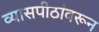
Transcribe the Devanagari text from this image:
व्यासपीठांवरून